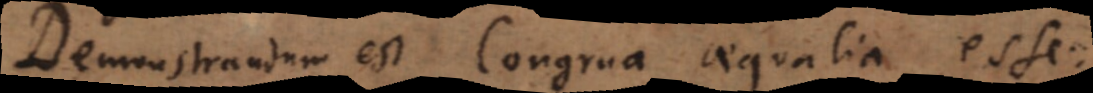
Demonstrandum est Congrua aequalia esse.